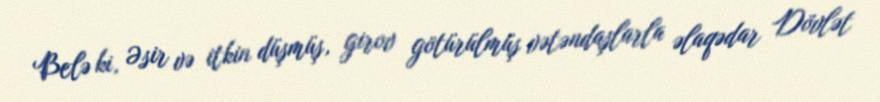
Belə ki, Əsir və itkin düşmüş, girov götürülmüş vətəndaşlarla əlaqədar Dövlət